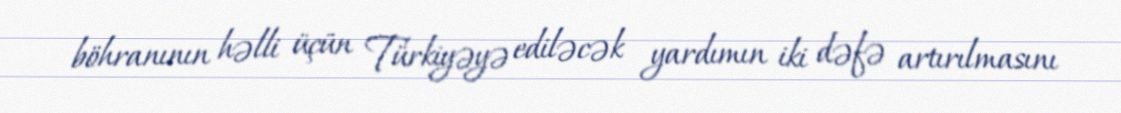
böhranının həlli üçün Türkiyəyə ediləcək yardımın iki dəfə artırılmasını